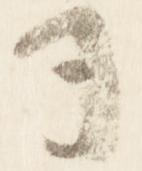
司